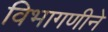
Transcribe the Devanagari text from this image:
विभागणीने